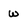
Character: w